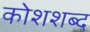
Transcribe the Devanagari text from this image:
कोशशब्द